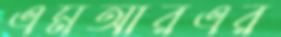
এমআরএর